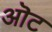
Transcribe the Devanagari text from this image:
ऒट